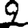
Digit: 2